Vaccination report Assam 1874-1896 - 1874-1896
Year: 1874
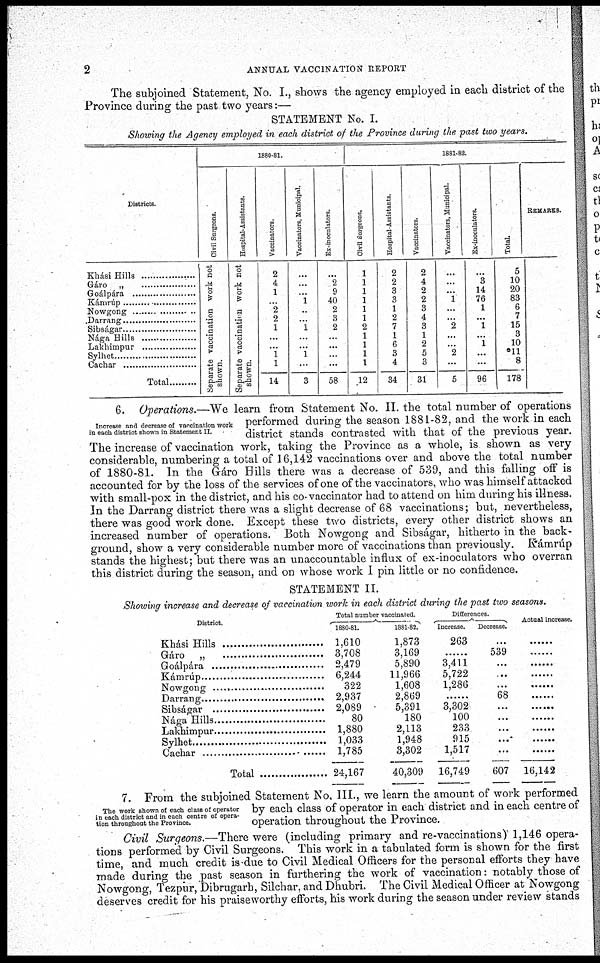
2
ANNUAL VACCINATION REPORT
The subjoined Statement, No. I., shows the agency employed in each district of the
Province during the past two years:—
STATEMENT No. I.
Showing the Agency employed in each district of the Province during the past two years.
Districts.
Khási Hills
..................
Gáro
„
..................
Goálpára ...............
Kámrúp ..................
Nowgong ...............
Darrang ..................
Sibságar ..................
Nága Hills ..................
Lakhimpur .....................
Sylhet ...............
Cachar ...............
Total ...............
1880-81.
Civil Surgeons.
Separate vaccination work not
shown.
Hospital-Assistants.
Separate vaccination work not
shown.
Vaccinators.
2
4
1
...
2
2
1
...
...
1
1
14
Vaccinators, Municipal.
...
...
...
1
...
...
1
...
...
1
...
3
Ex-inoculators.
...
2
9
40
2
3
2
...
...
...
...
58
1881-82.
Civil Surgeons.
1
1
1
1
1
1
2
1
1
1
1
12
Hospital-Assistants.
2
2
3
3
1
2
7
1
6
3
4
34
Vaccinators.
2
4
2
2
3
4
3
1
2
5
3
31
Vaccinators, Municipal.
...
...
...
1
...
...
2
...
...
2
...
5
Ex-inoculators.
...
3
14
76
1
...
1
...
1
...
...
96
Total.
5
10
20
83
6
7
15
3
10
*11
8
178
REMARKS.
Increase and decrease of vaccination work
in each district shown in Statement II.
6. Operations.—We learn from Statement No. II. the total number of operations
performed during the season 1881-82, and the work in each
district stands contrasted with that of the previous year.
The increase of vaccination work, taking the Province as a whole, is shown as very
considerable, numbering a total of 16,142 vaccinations over and above the total number
of 1880-81. In the Gáro Hills there was a decrease of 539, and this falling off is
accounted for by the loss of the services of one of the vaccinators, who was himself attacked
with small-pox in the district, and his co-vaccinator had to attend on him during his illness.
In the Darrang district there was a slight decrease of 68 vaccinations; but, nevertheless,
there was good work done. Except these two districts, every other district shows an
increased number of operations. Both Nowgong and Sibságar, hitherto in the back-
ground, show a very considerable number more of vaccinations than previously. Kámrúp
stands the highest; but there was an unaccountable influx of ex-inoculators who overran
this district during the season, and on whose work I pin little or no confidence.
STATEMENT II.
Showing increase and decrease of vaccination work in each district during the past two seasons.
District.
Khási Hills
Gáro „ ...........................
Goálpára ...........................
Kámrúp
...........................
Nowgong ........................
Darrang ........................
Sibságar .....................
Nága
Hills.....................
Lakhimpur ..................
Sylhet .........................
Cachar ........................
Total ........................
Total number vaccinated.
1880-81.
1,610
3,708
2,479
6,244
322
2,937
2,089
80
1,880
1,033
1,785
24,167
1881-82.
1,873
3,169
5,890
11,966
1,608
2,869
5,391
180
2,113
1,948
3,302
40,309
Differences.
Increase.
263
......
3,411
5,722
1,286
......
3,302
100
233
915
1,517
16,749
Decrease.
...
539
...
...
...
68
...
...
...
...
...
607
Actual increase.
......
......
......
......
......
......
......
......
......
......
......
16,142
The work shown of each class of operator
in each district and in each centre of opera-
tion throughout the Province.
7. From the subjoined Statement No. III., we learn the amount of work performed
by each class of operator in each district and in each centre of
operation throughout the Province.
Civil Surgeons.—There were (including primary and re-vaccinations) 1,146 opera-
tions performed by Civil Surgeons. This work in a tabulated form is shown for the first
time, and much credit is due to Civil Medical Officers for the personal efforts they have
made during the past season in furthering the work of vaccination: notably those of
Nowgong, Tezpur, Dibrugarh, Silchar, and Dhubri. The Civil Medical Officer at Nowgong
deserves credit for his praiseworthy efforts, his work during the season under review stands